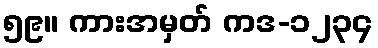
၅၉။ ကားအမှတ် ကဒ-၁၂၃၄